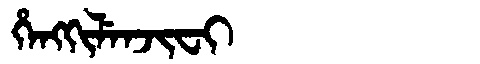
Manchu: ᡥᡝᠩᡴᡳᠯᡝᠨᠵᡳᠸᡳ
Romanization: HENGKILENJIFI